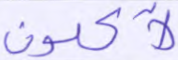
لآكلون